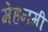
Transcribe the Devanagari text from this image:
मेहनमी